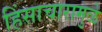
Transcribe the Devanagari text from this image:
हिंसाचारामुळे